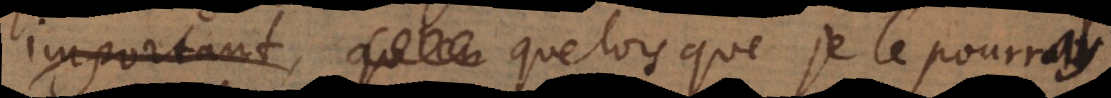
important,, que lorsque je le pourray